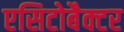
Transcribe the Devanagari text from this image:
एसिटोबैक्टर